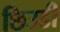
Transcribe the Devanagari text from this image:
छिउडी